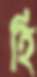
হি